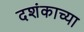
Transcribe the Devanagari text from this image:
दशंकाच्या